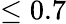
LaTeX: \le 0.7